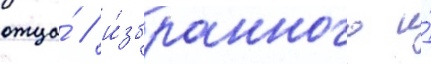
отца́ / и́збранного и́